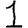
Digit: 1